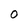
Character: O